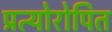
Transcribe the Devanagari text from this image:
प्रत्योरोपित